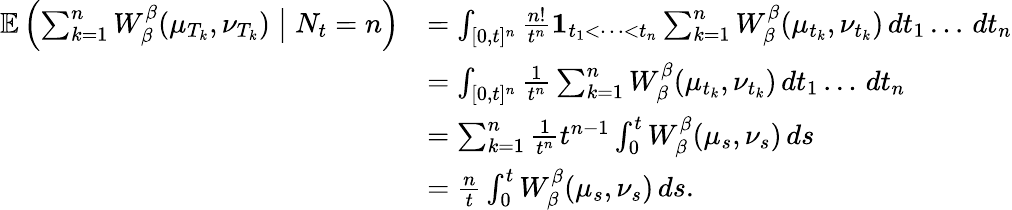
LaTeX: \begin{array}{rl}{\mathbb{E}\left(\sum_{k=1}^{n}W_{\beta}^{\beta}(\mu_{T_{k}},\nu_{T_{k}})\bigm|N_{t}=n\right)}&{=\int_{[0,t]^{n}}\frac{n!}{t^{n}}\mathbf{1}_{t_{1}<\dots<t_{n}}\sum_{k=1}^{n}W_{\beta}^{\beta}(\mu_{t_{k}},\nu_{t_{k}})\, dt_{1}\dots\, dt_{n}}\\ &{=\int_{[0,t]^{n}}\frac{1}{t^{n}}\sum_{k=1}^{n}W_{\beta}^{\beta}(\mu_{t_{k}},\nu_{t_{k}})\, dt_{1}\dots\, dt_{n}}\\ &{=\sum_{k=1}^{n}\frac{1}{t^{n}}t^{n-1}\int_{0}^{t}W_{\beta}^{\beta}(\mu_{s},\nu_{s})\, ds}\\ &{=\frac{n}{t}\int_{0}^{t}W_{\beta}^{\beta}(\mu_{s},\nu_{s})\, ds.}\end{array}